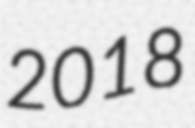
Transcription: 2018